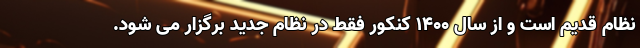
نظام قدیم است و از سال ۱۴۰۰ کنکور فقط در نظام جدید برگزار می شود.